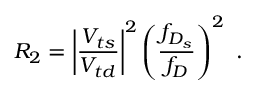
R _ { 2 } = \left| { \frac { V _ { t s } } { V _ { t d } } } \right| ^ { 2 } \left( { \frac { f _ { D _ { s } } } { f _ { D } } } \right) ^ { 2 } ~ .